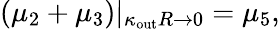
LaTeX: (\mu_{2}+\mu_{3})|_{\kappa_{\mathrm{out}}R\to 0}=\mu_{5},